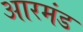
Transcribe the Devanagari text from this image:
आरमंड